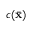
c ( \bar { \bf x } )